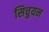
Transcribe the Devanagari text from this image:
सिचुयन